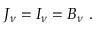
J _ { \nu } = I _ { \nu } = B _ { \nu } \, \, .